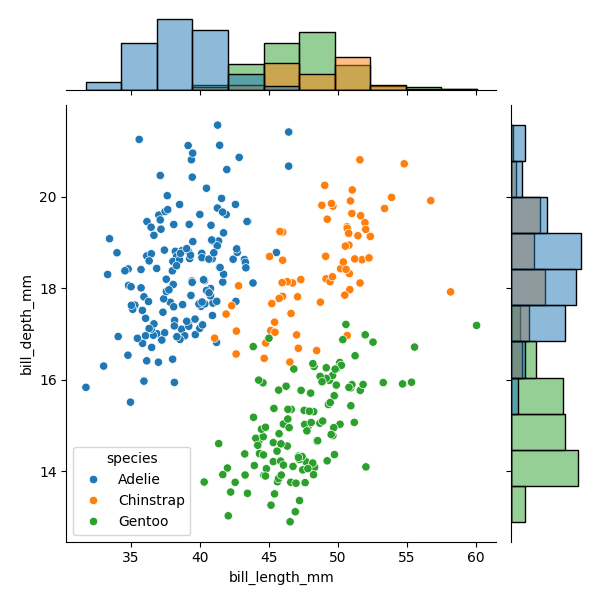
python, seaborn, JointGrid, scatterplot, histplot, hue